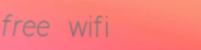
free wifi